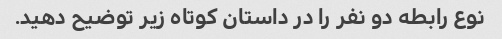
نوع رابطه دو نفر را در داستان کوتاه زیر توضیح دهید.